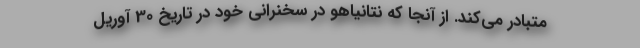
متبادر می‌کند. از آنجا که نتانیاهو در سخنرانی خود در تاریخ 30 آوریل